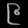
Digit: ၉